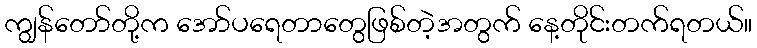
ကျွန်တော်တို့က အော်ပရေတာတွေဖြစ်တဲ့အတွက် နေ့တိုင်းတက်ရတယ်။